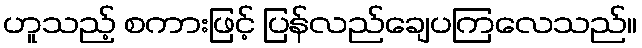
ဟူသည့် စကားဖြင့် ပြန်လည်ချေပကြလေသည်။